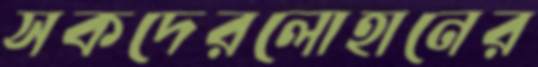
সকদেরলোহানের